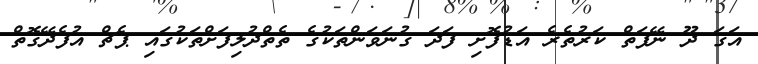
އަގަ ދޫ ނޭފަތް ކަރުތެރެ އަޑުފޮށި ފަދަ ގުނަވަންތަކުގެ ތެތްދުލިފަށްތަކުގައި ޕެޗް އުފެދޭގޮތް